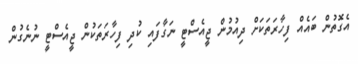
އެގޮތުން ބައެއް ފިހާރަތަކަށް ދިއުމުން ޖީއެސްޓީ ނަގާފައި ކުދި ފިހާރަތަކުން ޖީއެސްޓީ ނުނެގުން